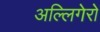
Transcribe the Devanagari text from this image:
अल्लिगेरो